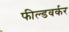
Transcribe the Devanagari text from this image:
फील्डवर्कर